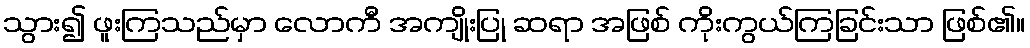
သွား၍ ဖူးကြသည်မှာ လောကီ အကျိုးပြု ဆရာ အဖြစ် ကိုးကွယ်ကြခြင်းသာ ဖြစ်၏။